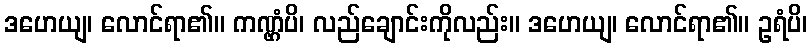
ဒဟေယျ၊ လောင်ရာ၏။ ကဏ္ဌံပိ၊ လည်ချောင်းကိုလည်း။ ဒဟေယျ၊ လောင်ရာ၏။ ဥရံပိ၊